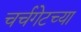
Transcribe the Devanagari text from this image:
चर्चगेटच्या